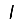
Digit: 1